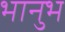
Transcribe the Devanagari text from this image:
भानुभ